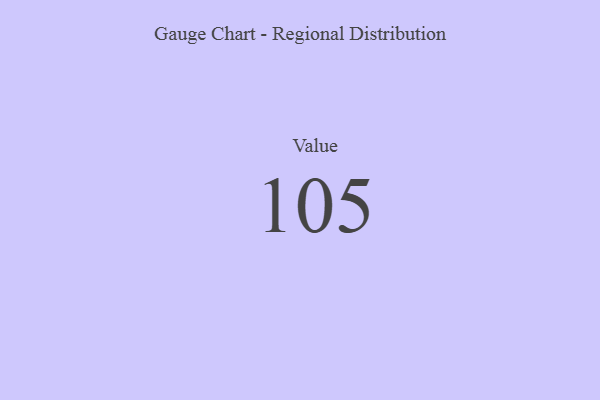
{"axis": {"x": "Metric", "y": "Value"}, "legend": [""], "data": [{"x": "Value", "y": 105, "type": ""}]}